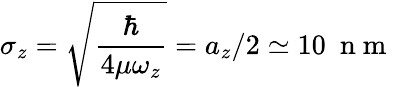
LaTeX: \sigma_{z}=\sqrt{\frac{\hbar}{4\mu\omega_{z}}}=a_{z}/2\simeq 10~\mathrm{~n~m~}